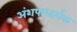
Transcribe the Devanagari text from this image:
अंशपारदर्शक